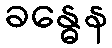
ခန္ဓေန